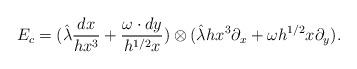
LaTeX: \begin{align*}E_c = (\hat{\lambda}\frac{dx}{hx^3} + \frac{\omega \cdot dy}{h^{1/2}x}) \otimes ( \hat{\lambda}hx^3\partial_x + \omega h^{1/2}x\partial_y).\end{align*}